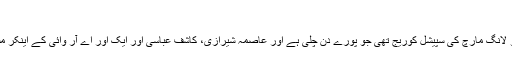
زونی, ‏مارچ 19, 2009
مجھے اچھی طرح علم ہے کہ یہ 15 مارچ کو لانگ مارچ کی سپیشل کوریج تھی جو پورے دن چلی ہے اور عاصمہ شیرازی، کاشف عباسی اور ایک اور اے آر وائی کے اینکر مسلسل وقفے وقفے سے میزبانی کر رہے تھے۔